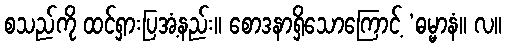
စသည်ကို ထင်ရှားပြအံ့နည်း။ စောဒနာရှိသောကြောင့် ‘ဓမ္မာနံ။ လ။